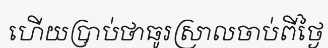
ហើយប្រាប់ថាធូរស្រាលចាប់ពីថ្ងៃ